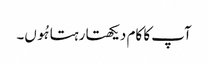
آپ کا کام دیکھتا رہتا ہُوں۔